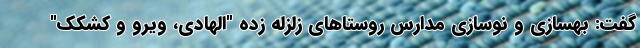
گفت: بهسازی و نوسازی مدارس روستاهای زلزله زده "الهادی، ویرو و کشکک"